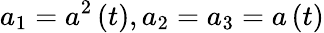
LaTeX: a_{1}=a^{2}\left(t\right),a_{2}=a_{3}=a\left(t\right)